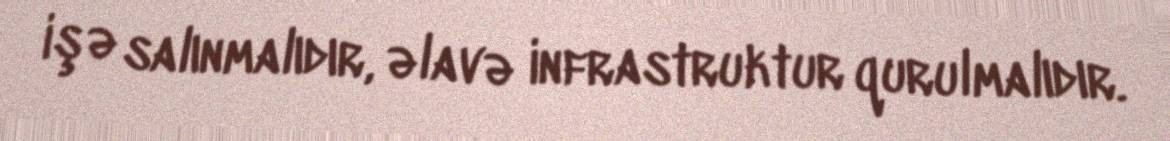
işə salınmalıdır, əlavə infrastruktur qurulmalıdır.